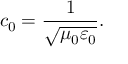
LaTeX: c _ { 0 } = { \frac { 1 } { \sqrt { \mu _ { 0 } \varepsilon _ { 0 } } } } .